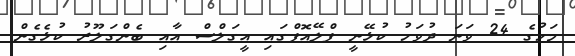
މަހުގެ 24 ވަނަ ދުވަހު ކުޅޭނީ ޕްލޭއޮފްގައި އީގަލްސް އާއި ބެންގަލޫރު ކުޅެގެން